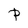
Character: P